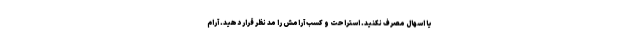
یا اسهال مصرف نکنید. استراحت و کسب آرامش را مد نظر قرار دهید. آرام